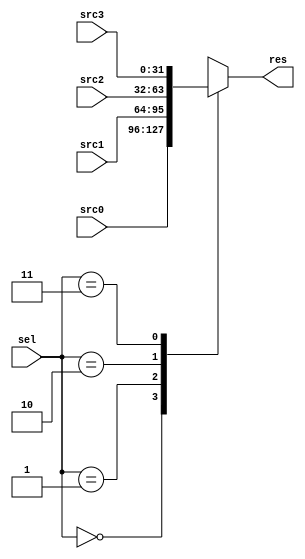
module MUX4_1(
  input [31:0] src0, src1, src2, src3, // 
  input [1:0] sel, // 
  output reg [31:0] res // 
);
  always @(*) begin
    case (sel)
      2'b00: res = src0; // 2'b00src0
      2'b01: res = src1; // 2'b01src1
      2'b10: res = src2; // 2'b10src2
      2'b11: res = src3; // 2'b11src3
      default: res = src0; // src0
    endcase
  end
endmodule